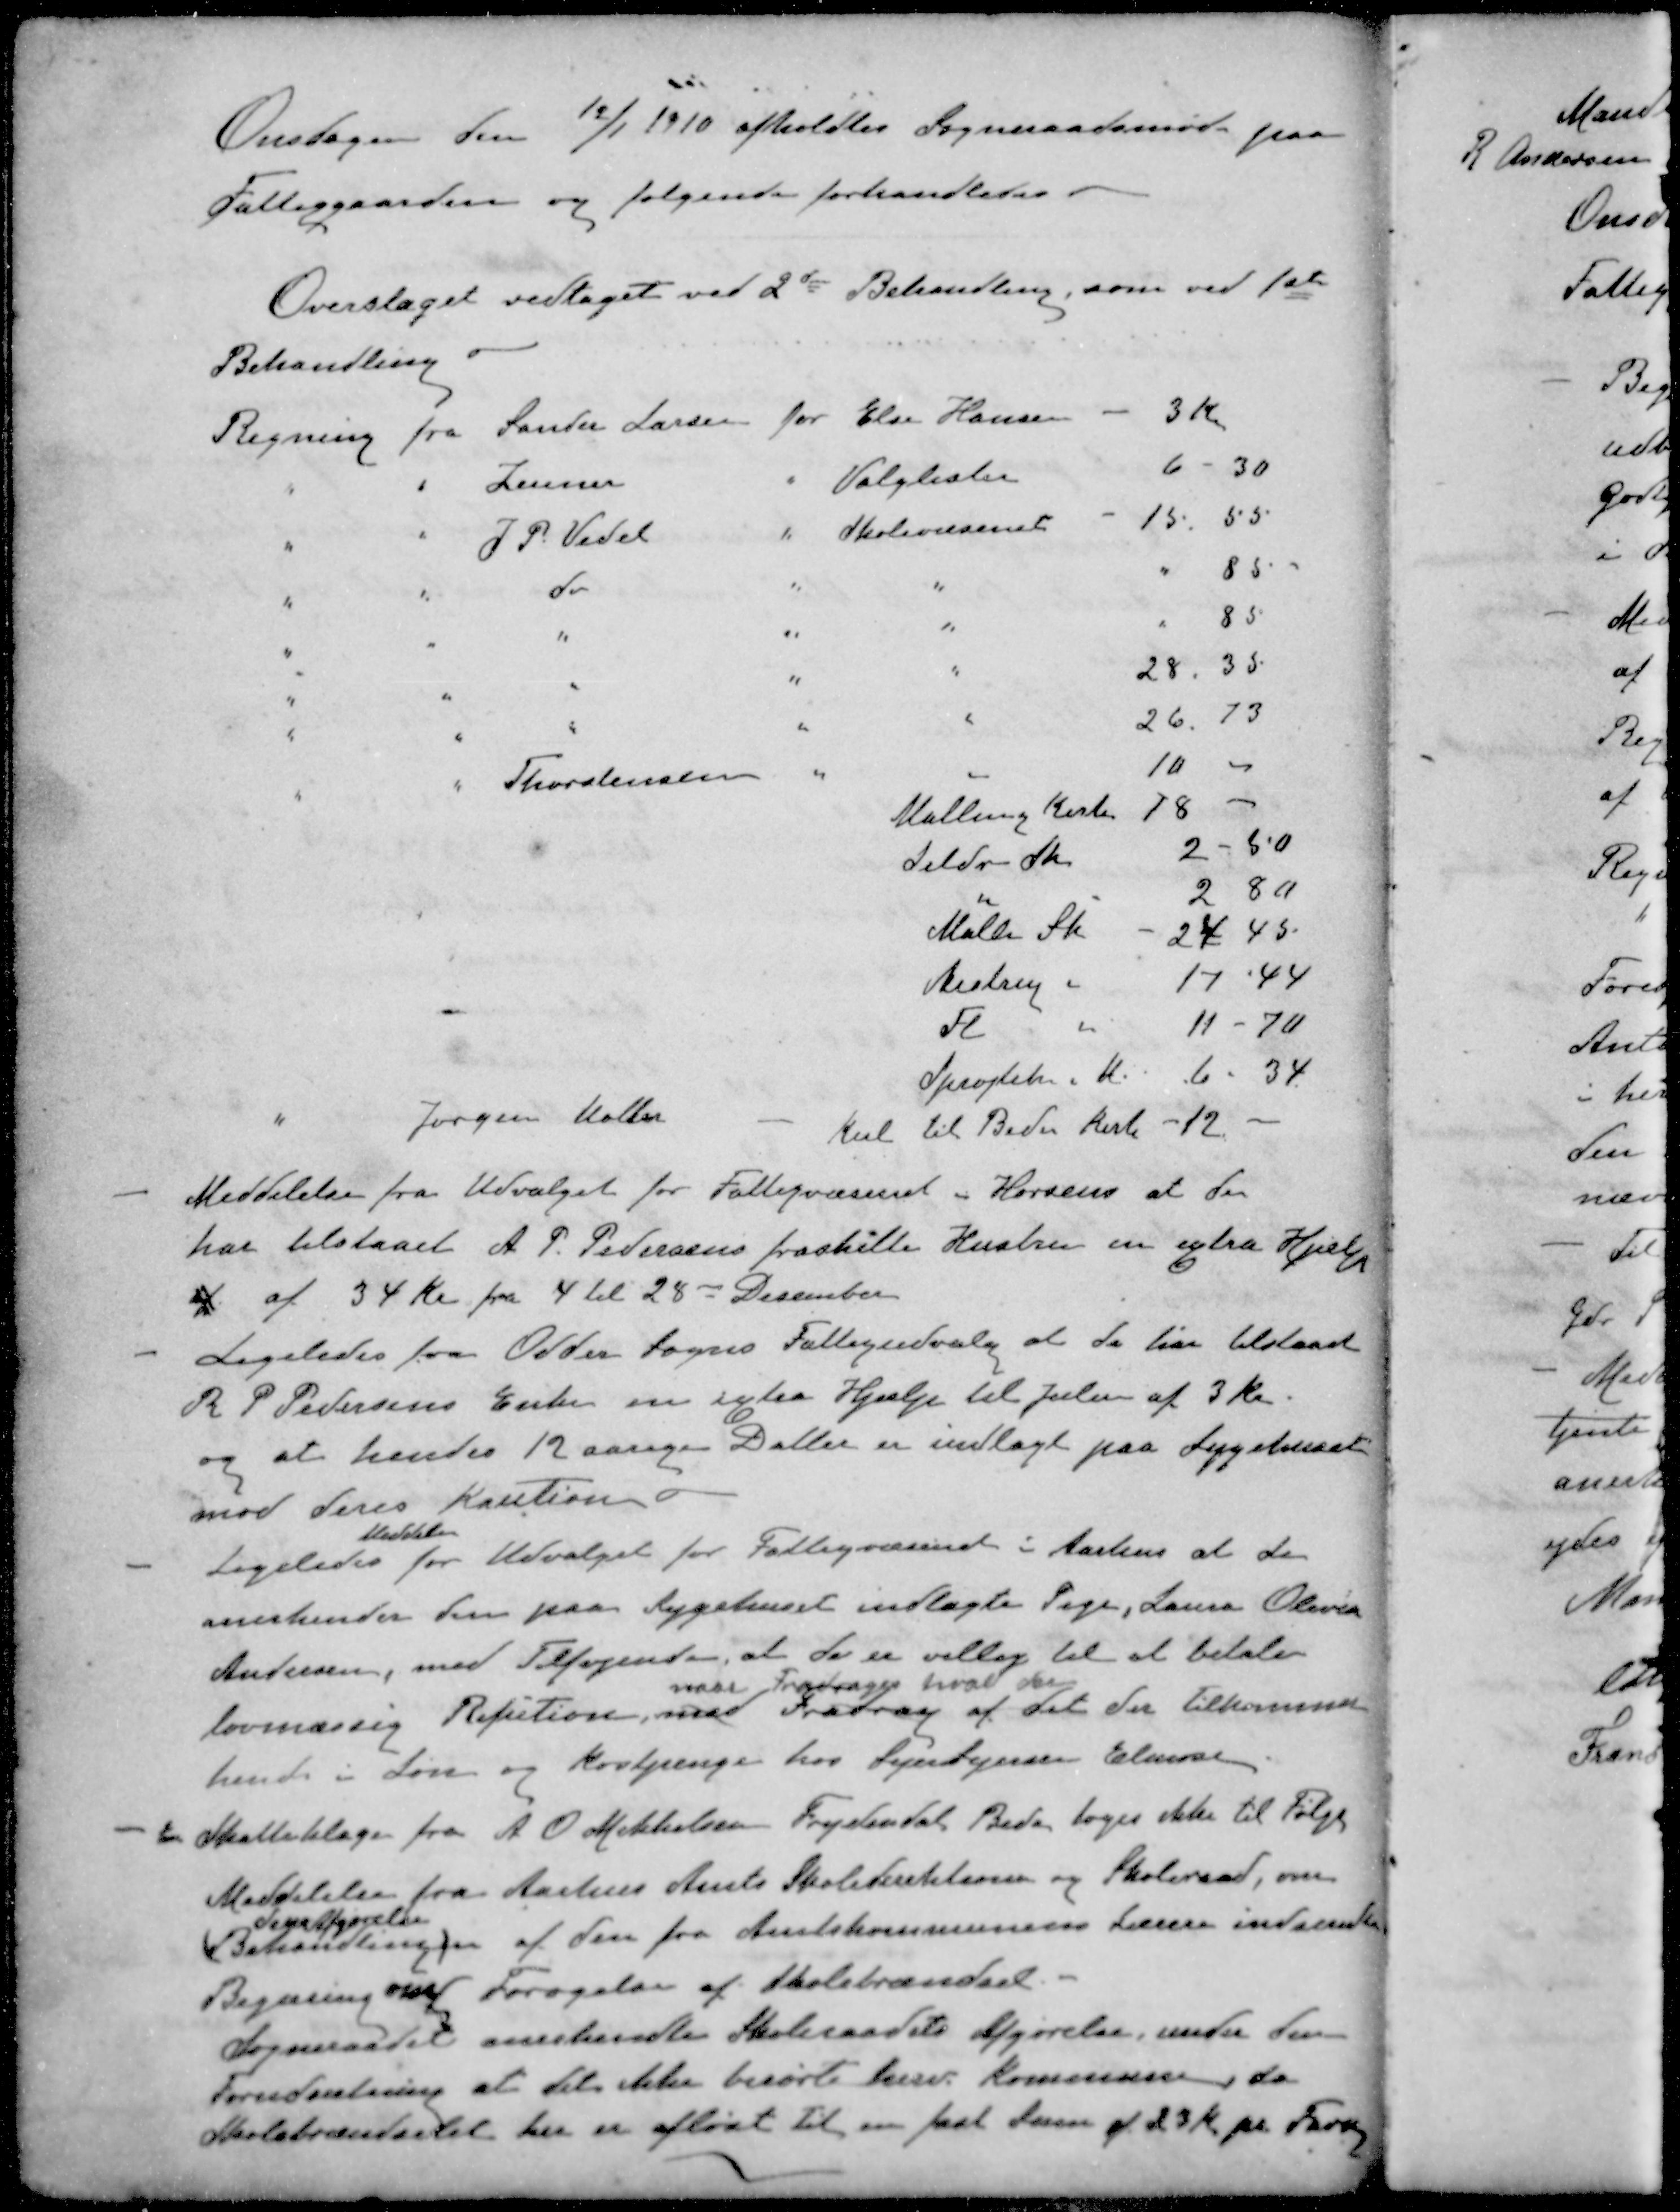
Transskription:
Onsdagen den 12/1 1910 afholdtes Sogneraadsmøde paa
Fattiggaarden og følgende forhandledes
Overslaget vedtaget ved 2de Behandling, som ved 1ste
Behandling
Regning fra Sander Larsen for Else Hansen 3 Kr
" " Zeuner " Valglister 6 - 30
" " J. P. Vedel " Skolevæsenet 15.55
" " do " " " 85
" " " " " " 85
" " " " " 28.35
" " " " " 26.73
" " Thorstensen 10
Malling Kirke 78
Seldr Sk 2-50
" 2.80
Malli Sk 24,45
Aistrup " 17 - 44
Fl " 11 - 70
Sprøjteh i M 6 - 34.
" Jørgen Møller - kul til Beder Kirke 12. -
- Meddelelse fra Udvalget for Fattigvæsenet i Horsens at de
har tilstaaet A. P. Pedersens fraskilte Hustru en extra Hjælp
a af 34 Kr fra 4 til 28 December
- Ligeledes fra Odder Sogns Fattigudvalg at de hin tilstaaet
R P Pedersens Enke en extra Hjælp til Julen af 3 Kr.
og at hendes 12 aarige Datter er indlagt paa Sygehuset
mod deres Kaution
Meddele
- Ligeledes for Udvalget for Fattigvæsenet i Aarhus at de
anerkender den paa Sygehuset indlagte Pige, Laura Olesen
Andersen, med Tilføjende, at de er villig til at betale
naar Fradrager hvad der
lovmæssig Refution, med Fradrag af det der tilkommer
hende i Løn og kostpenge hos Sejerbejersen Elmose.
- En Skatteklage fra A. O Mikkelsen Frydendal Beder toges ikke til Følge
Meddelelse fra Aarhus Amts Skoledirektionen og Skoleraad, om
deres Afgørelse
(Behandlingen) af den fra Amtskommunens Lærere indsendte
Begæring om Forøgelse af Skolebrændsel.
Sogneraadet anerkendte Skoleraadets Afgørelse under den
Forudsætning at det ikke berørte herv. Kommune, da
Skolebrændselet her er afløst til en fast  af 23 Kr. pr.